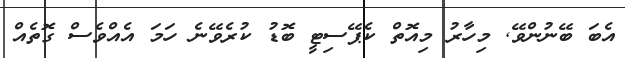
އެބަ ބޭނުންވޭ